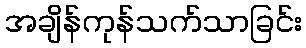
အချိန်ကုန်သက်သာခြင်း